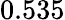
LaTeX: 0.535